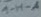
Text: 1-H-A